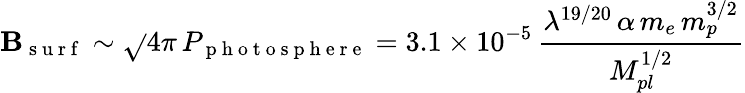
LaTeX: \mathbf{B}_{\mathrm{{~s~u~r~f~}}}\sim\sqrt{}{{4\pi\, P_{\mathrm{{~p~h~o~t~o~s~p~h~e~r~e~}}}}}=3.1\times10^{-5}\, \frac{{\lambda^{19/20}\, \alpha\, m_{e}\, m_{p}^{3/2}}}{{M_{pl}^{1/2}}}